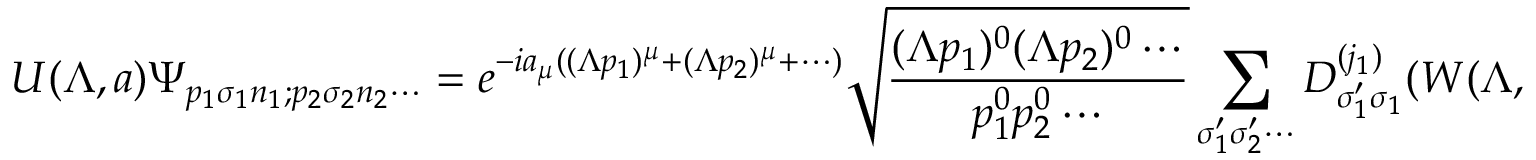
U ( \Lambda , a ) \Psi _ { p _ { 1 } \sigma _ { 1 } n _ { 1 } ; p _ { 2 } \sigma _ { 2 } n _ { 2 } \cdots } = e ^ { - i a _ { \mu } ( ( \Lambda p _ { 1 } ) ^ { \mu } + ( \Lambda p _ { 2 } ) ^ { \mu } + \cdots ) } { \sqrt { \frac { ( \Lambda p _ { 1 } ) ^ { 0 } ( \Lambda p _ { 2 } ) ^ { 0 } \cdots } { p _ { 1 } ^ { 0 } p _ { 2 } ^ { 0 } \cdots } } } \sum _ { \sigma _ { 1 } ^ { \prime } \sigma _ { 2 } ^ { \prime } \cdots } D _ { \sigma _ { 1 } ^ { \prime } \sigma _ { 1 } } ^ { ( j _ { 1 } ) } ( W ( \Lambda , p _ { 1 } ) ) D _ { \sigma _ { 2 } ^ { \prime } \sigma _ { 2 } } ^ { ( j _ { 2 } ) } ( W ( \Lambda , p _ { 2 } ) ) \cdots \Psi _ { \Lambda p _ { 1 } \sigma _ { 1 } ^ { \prime } n _ { 1 } ; \Lambda p _ { 2 } \sigma _ { 2 } ^ { \prime } n _ { 2 } \cdots } ,